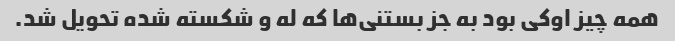
همه چیز اوکی بود به جز بستنی‌ها که له و شکسته شده تحویل شد.